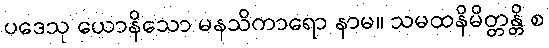
ပဒေသု ယောနိသော မနသိကာရော နာမ။ သမထနိမိတ္တန္တိ စ